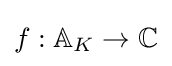
f:\mathbb {A} _{K}\to \mathbb {C}